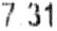
7.31